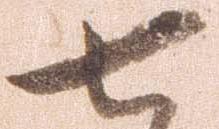
七